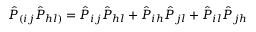
\hat { P } _ { ( i j } \hat { P } _ { h l ) } = \hat { P } _ { i j } \hat { P } _ { h l } + \hat { P } _ { i h } \hat { P } _ { j l } + \hat { P } _ { i l } \hat { P } _ { j h }